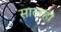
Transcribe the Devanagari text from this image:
सालही